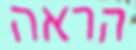
הראה